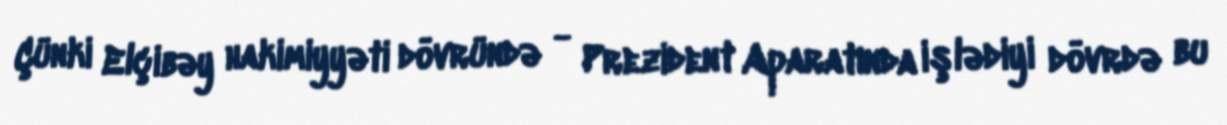
Çünki Elçibəy hakimiyyəti dövründə - Prezident Aparatında işlədiyi dövrdə bu